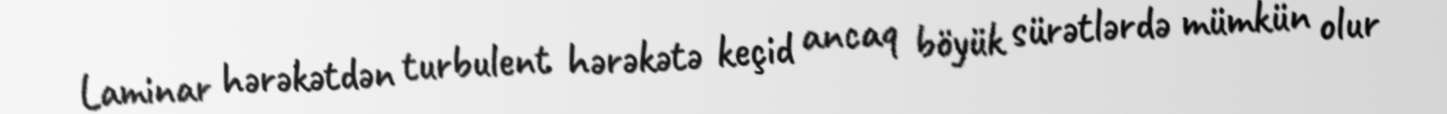
Laminar hərəkətdən turbulent hərəkətə keçid ancaq böyük sürətlərdə mümkün olur